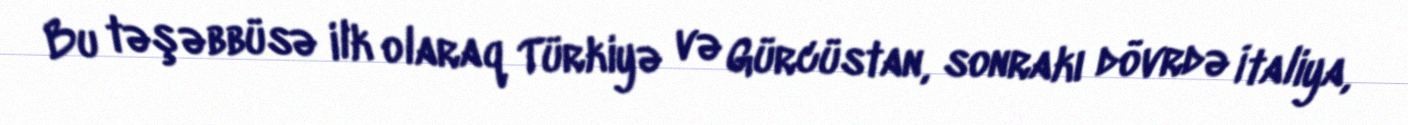
Bu təşəbbüsə ilk olaraq Türkiyə və Gürcüstan, sonrakı dövrdə İtaliya,